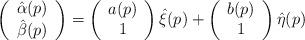
LaTeX: \begin{align*}\left(\begin{array}{cc}\hat{\alpha}(p)\\\hat{\beta}(p)\end{array}\right) =\left(\begin{array}{cc}a(p)\\1 \end{array}\right)\hat{\xi}(p) +\left(\begin{array}{cc}b(p)\\1 \end{array}\right)\hat{\eta}(p)\end{align*}